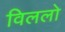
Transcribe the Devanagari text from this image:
विललो